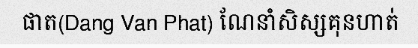
ផាត(Dang Van Phat) ណែនាំសិស្សគុនហាត់